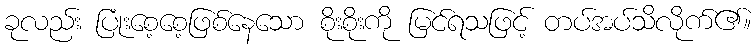
ခုလည်း ပြုံးစေ့စေ့ဖြစ်နေသော စိုးစိုးကို မြင်ရသဖြင့် တပ်အပ်သိလိုက်၏။